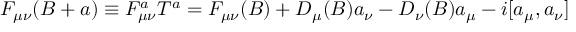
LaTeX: F _ { \mu \nu } ( B + a ) \equiv F _ { \mu \nu } ^ { a } T ^ { a } = F _ { \mu \nu } ( B ) + D _ { \mu } ( B ) a _ { \nu } - D _ { \nu } ( B ) a _ { \mu } - i [ a _ { \mu } , a _ { \nu } ]